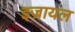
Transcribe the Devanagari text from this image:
इज्रायल